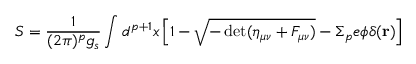
S = \frac { 1 } { ( 2 \pi ) ^ { p } g _ { s } } \int d ^ { p + 1 } x \left[ 1 - \sqrt { - \operatorname * { d e t } ( \eta _ { \mu \nu } + F _ { \mu \nu } ) } - \Sigma _ { p } e \phi \delta ( { \bf r } ) \right]